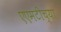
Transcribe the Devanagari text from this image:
एएमटीच्या